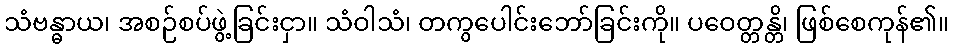
သံဗန္ဓာယ၊ အစဉ်စပ်ဖွဲ့ခြင်းငှာ။ သံဝါသံ၊ တကွပေါင်းဘော်ခြင်းကို။ ပဝေတ္တန္တိ၊ ဖြစ်စေကုန်၏။